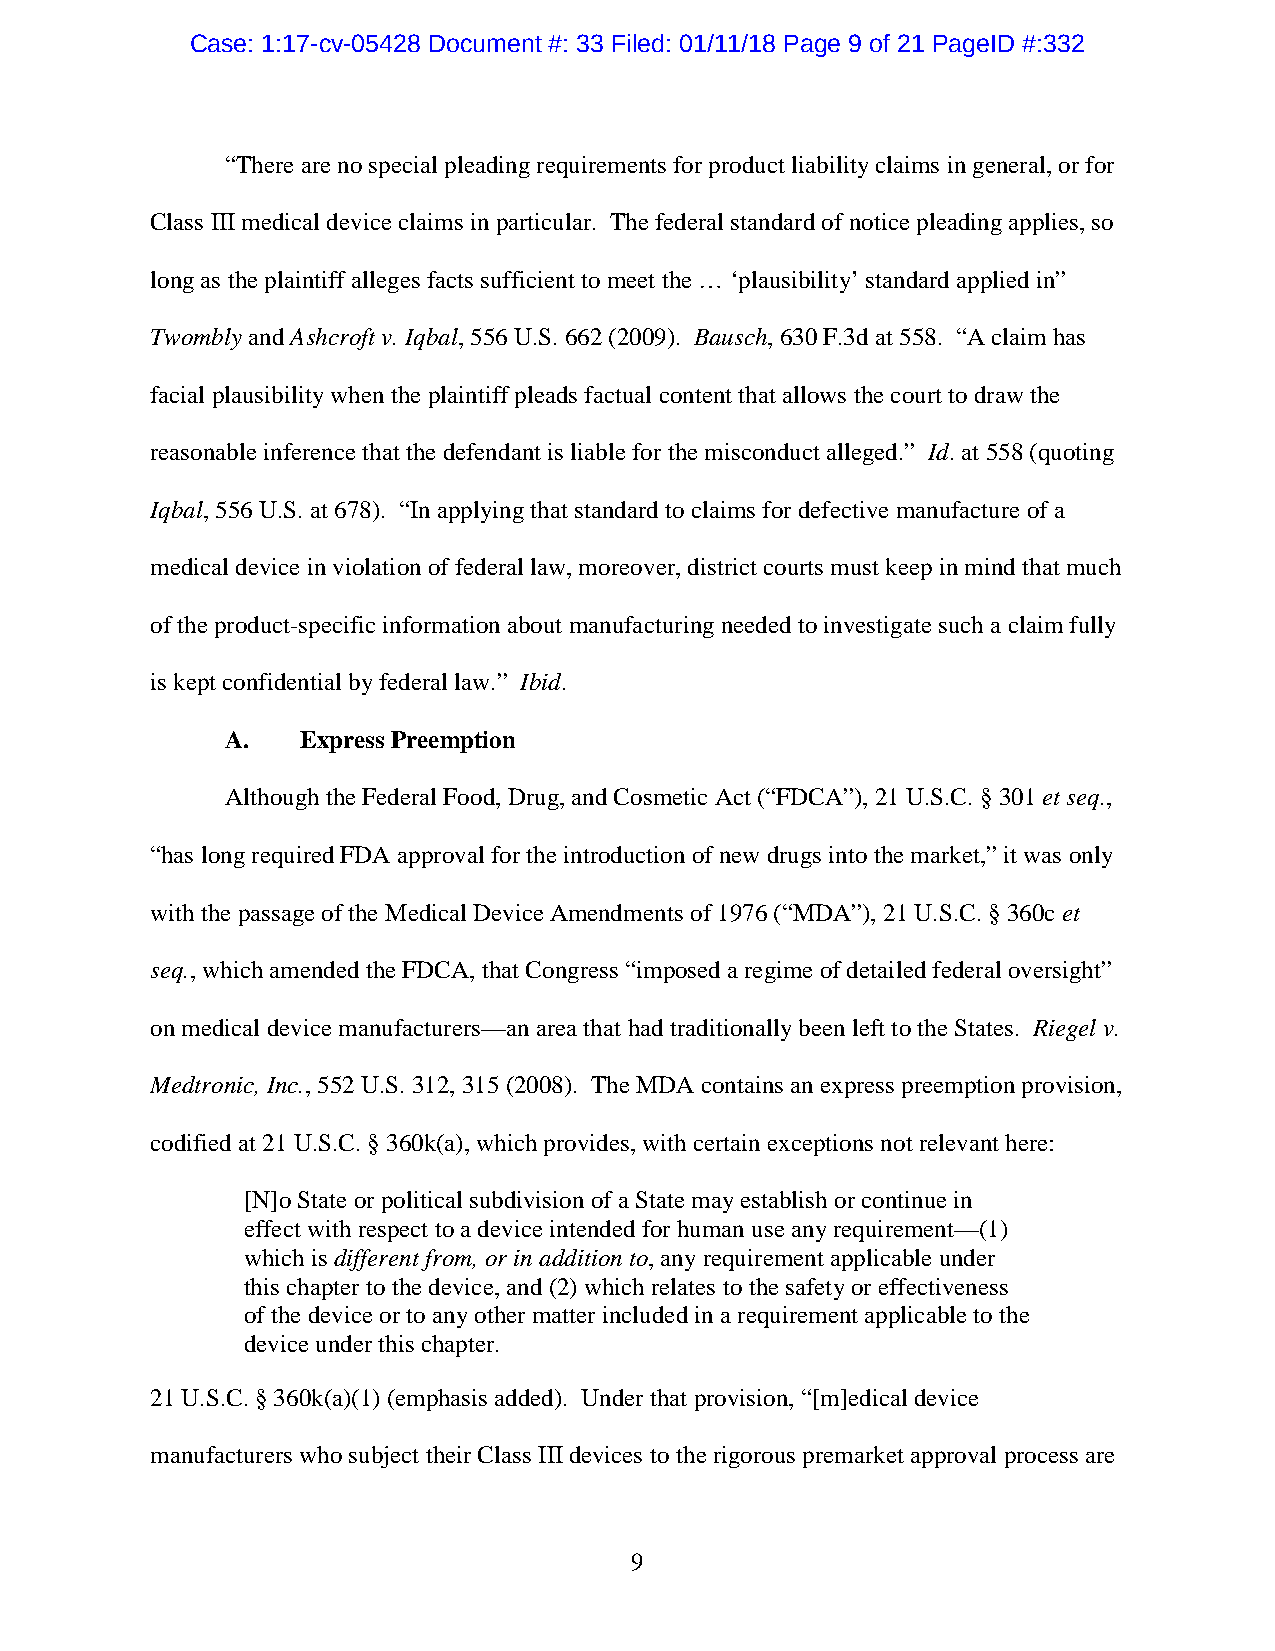
Case: 1:17-cv-05428 Document #: 33 Filed: 01/11/18 Page 9 of 21 PageID #:332
 “There are no special pleading requirements for product liability claims in general, or for
 Class III medical device claims in particular. The federal standard of notice pleading applies, so
 long as the plaintiff alleges facts sufficient to meet the … ‘plausibility’ standard applied in”
 Twombly and Ashcroft v. Iqbal, 556 U.S. 662 (2009). Bausch, 630 F.3d at 558. “A claim has
 facial plausibility when the plaintiff pleads factual content that allows the court to draw the
 reasonable inference that the defendant is liable for the misconduct alleged.” Id. at 558 (quoting
 Iqbal, 556 U.S. at 678). “In applying that standard to claims for defective manufacture of a
 medical device in violation of federal law, moreover, district courts must keep in mind that much
 of the product-specific information about manufacturing needed to investigate such a claim fully
 is kept confidential by federal law.” Ibid.
 A.   Express Preemption
 Although the Federal Food, Drug, and Cosmetic Act (“FDCA”), 21 U.S.C. § 301 et seq.,
 “has long required FDA approval for the introduction of new drugs into the market,” it was only
 with the passage of the Medical Device Amendments of 1976 (“MDA”), 21 U.S.C. § 360c et
 seq., which amended the FDCA, that Congress “imposed a regime of detailed federal oversight”
 on medical device manufacturers—an area that had traditionally been left to the States. Riegel v.
 Medtronic, Inc., 552 U.S. 312, 315 (2008). The MDA contains an express preemption provision,
 codified at 21 U.S.C. § 360k(a), which provides, with certain exceptions not relevant here:
 [N]o State or political subdivision of a State may establish or continue in
 effect with respect to a device intended for human use any requirement—(1)
 which is different from, or in addition to, any requirement applicable under
 this chapter to the device, and (2) which relates to the safety or effectiveness
 of the device or to any other matter included in a requirement applicable to the
 device under this chapter.
 21 U.S.C. § 360k(a)(1) (emphasis added). Under that provision, “[m]edical device
 manufacturers who subject their Class III devices to the rigorous premarket approval process are
 9